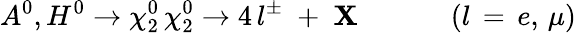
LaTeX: A^{0},H^{0}\rightarrow\chi_{2}^{0}\, \chi_{2}^{0}\rightarrow4\, l^{\pm}\; +\; \mathbf{X}\; \; \; \; \, \, \, \, \, \, \, \, \, \, \, \, \, (l\, =\, e,\, \mu)